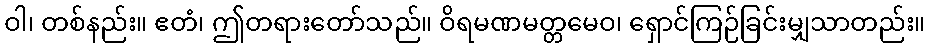
ဝါ၊ တစ်နည်း။ ဧတံ၊ ဤတရားတော်သည်။ ဝိရမဏမတ္တမေဝ၊ ရှောင်ကြဉ်ခြင်းမျှသာတည်း။